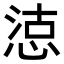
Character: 𢜃